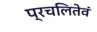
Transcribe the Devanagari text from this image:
प्रचलितेवं